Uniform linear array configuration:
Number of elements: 24
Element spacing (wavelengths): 0.25
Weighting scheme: binomial
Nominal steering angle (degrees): -45
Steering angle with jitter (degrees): -43.619
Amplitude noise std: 0.05
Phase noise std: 0.05

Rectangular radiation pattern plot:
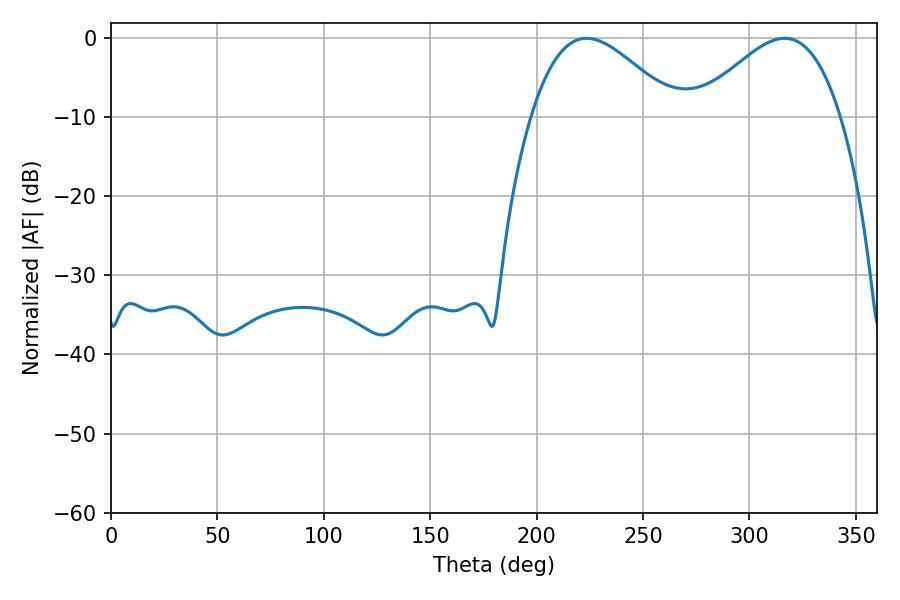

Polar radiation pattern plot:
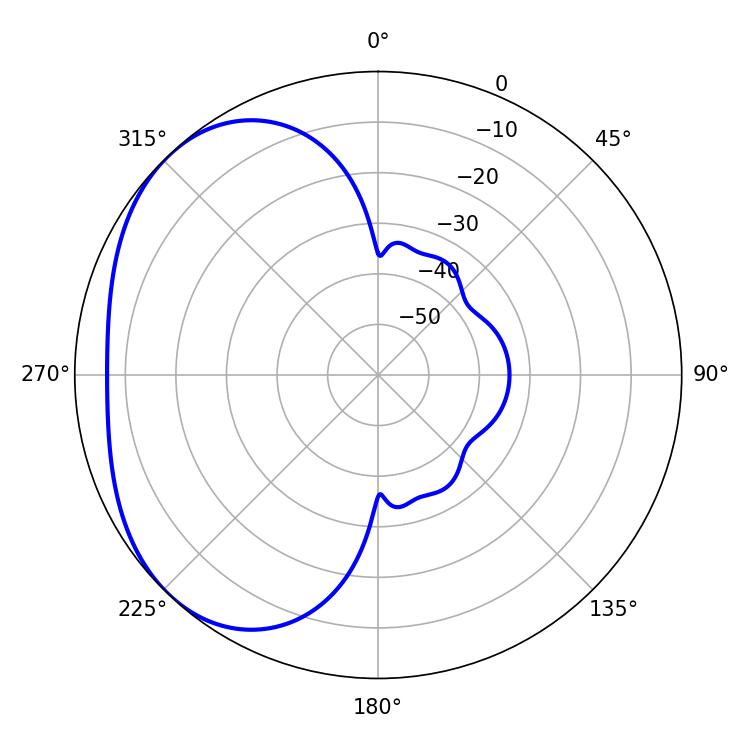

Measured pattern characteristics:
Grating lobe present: FALSE
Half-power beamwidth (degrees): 36.54
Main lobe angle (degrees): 223.38